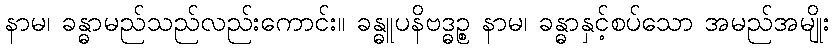
နာမ၊ ခန္ဓာမည်သည်လည်းကောင်း။ ခန္ဓူပနိဗဒ္ဓဉ္စ နာမ၊ ခန္ဓာနှင့်စပ်သော အမည်အမျိုး